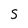
Character: S